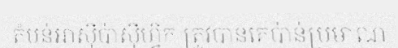
តំបន់អាស៊ីប៉ាស៊ីហ្វិក ត្រូវបានគេប៉ាន់ប្រមាណ